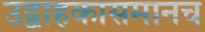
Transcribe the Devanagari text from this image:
उद्वाहकासमानच